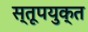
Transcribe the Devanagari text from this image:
स्तूपयुक्त